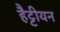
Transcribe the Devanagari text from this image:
हैट्टीयन